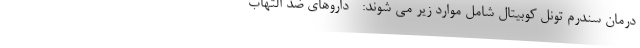
درمان سندرم تونل کوبیتال شامل موارد زیر می شوند: - داروهای ضد التهاب